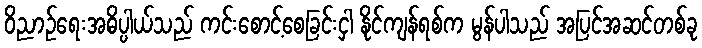
ဝိညာဉ်ရေးအဓိပ္ပါယ်သည် ကင်းစောင့်စေခြင်းငှါ နိုင်ကျန်ရစ်က မွန်ပါသည် အပြင်အဆင်တစ်ခု